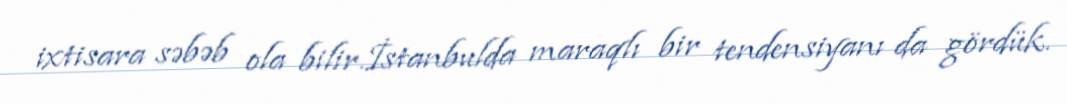
ixtisara səbəb ola bilir.İstanbulda maraqlı bir tendensiyanı da gördük.